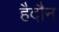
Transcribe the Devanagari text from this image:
हैदौन